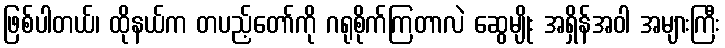
ဖြစ်ပါတယ်၊ ထိုနယ်က တပည့်တော်ကို ဂရုစိုက်ကြတာလဲ ဆွေမျိုး အရှိန်အဝါ အများကြီး